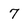
Character: 7